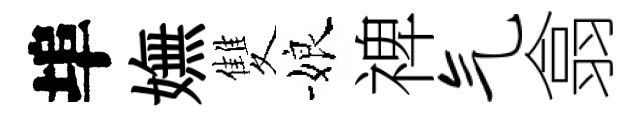
埠嫵雙娘禆气翕